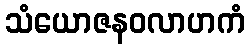
သံယောဇနဝလာဟကံ